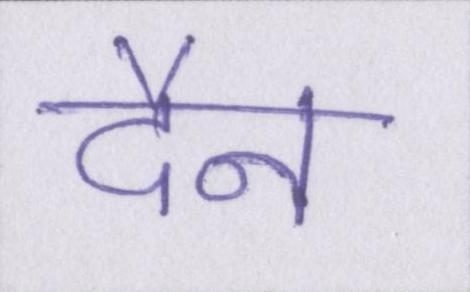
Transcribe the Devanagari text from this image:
दैन